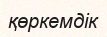
қөркемдік